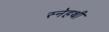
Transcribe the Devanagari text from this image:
स्नेहथी